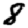
Digit: 8